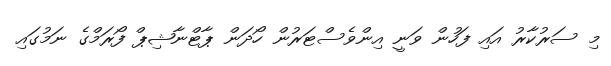
މި ސަރުކާރު އައި ފަހުން ވަނީ އިންވެސްޓަރުން ހޯދަން ޕާޓްނާޝިޕް ފޯރަމްގެ ނަމުގައި